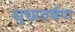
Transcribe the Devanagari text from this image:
सुधावर्षण